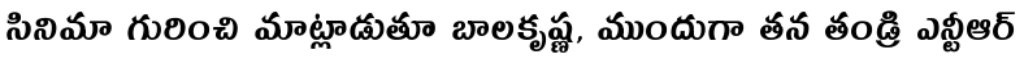
సినిమా గురించి మాట్లాడుతూ బాలకృష్ణ, ముందుగా తన తండ్రి ఎన్టీఆర్